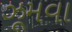
ઝૂમવા